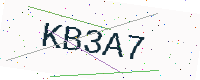
Text: KB3A7